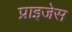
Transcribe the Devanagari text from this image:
प्राइजेस